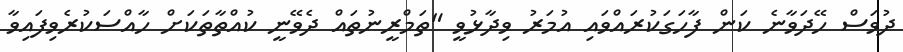
ދުވަސް ހޭދަވާނެ ކަން ފާހަގަކުރައްވައި އުމަރު ވިދާޅުވީ "ތަމްރީނުތައް ދެވޭނީ ކުއްތާތަކަށް ހާއްސަކުރެވިފައިވާ